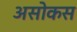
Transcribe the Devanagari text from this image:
असोकस